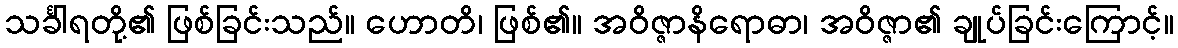
သင်္ခါရတို့၏ ဖြစ်ခြင်းသည်။ ဟောတိ၊ ဖြစ်၏။ အဝိဇ္ဇာနိရောဓာ၊ အဝိဇ္ဇာ၏ ချုပ်ခြင်းကြောင့်။